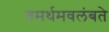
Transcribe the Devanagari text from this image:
तमर्थमवलंबते